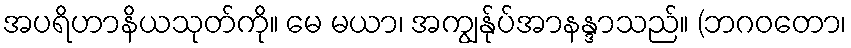
အပရိဟာနိယသုတ်ကို။ မေ မယာ၊ အကျွန်ုပ်အာနန္ဒာသည်။ (ဘဂဝတော၊